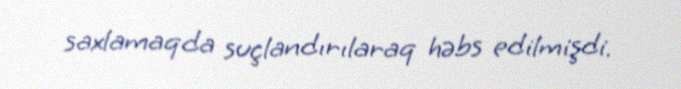
saxlamaqda suçlandırılaraq həbs edilmişdi.